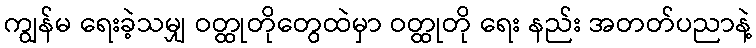
ကျွန်မ ရေးခဲ့သမျှ ဝတ္ထုတိုတွေထဲမှာ ဝတ္ထုတို ရေး နည်း အတတ်ပညာနဲ့